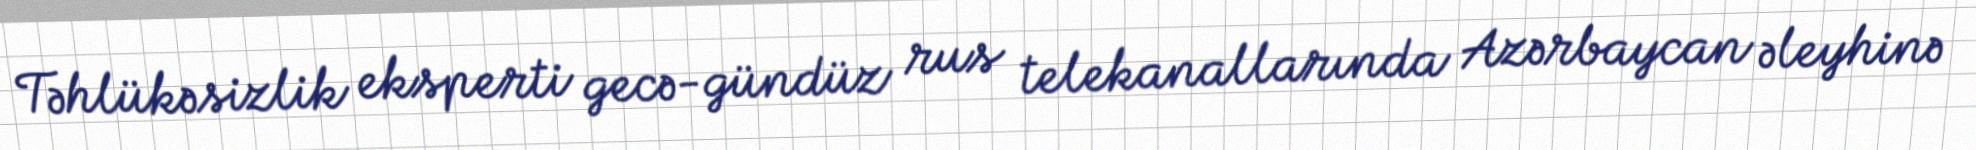
Təhlükəsizlik eksperti gecə-gündüz rus telekanallarında Azərbaycan əleyhinə